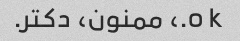
o k.، ممنون، دکتر.